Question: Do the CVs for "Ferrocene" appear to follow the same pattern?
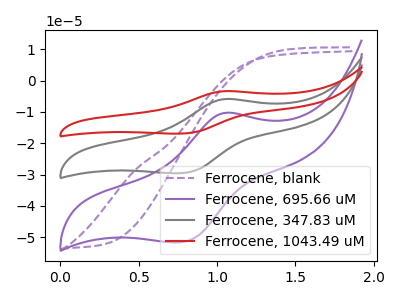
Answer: <think>The purple dashed curve "Ferrocene, blank" has no peaks. The purple curve "Ferrocene, 695.66 uM" has an anodic peak at (1.05V, -10.35uA) and a cathodic peak at (0.75V, -51.65uA). The gray curve "Ferrocene, 347.83 uM" has an anodic peak at (1.05V, -5.90uA) and a cathodic peak at (0.75V, -29.60uA). The red curve "Ferrocene, 1043.49 uM" has an anodic peak at (1.05V, -11.85uA) and a cathodic peak at (0.75V, -59.20uA).
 "Ferrocene, blank" and "Ferrocene, 695.66 uM" have a different number of peaks. "Ferrocene, blank" and "Ferrocene, 347.83 uM" have a different number of peaks. "Ferrocene, blank" and "Ferrocene, 1043.49 uM" have a different number of peaks. All the peaks in "Ferrocene, 695.66 uM" have a peak in "Ferrocene, 347.83 uM" at the same potential. All the peaks in "Ferrocene, 695.66 uM" have a peak in "Ferrocene, 1043.49 uM" at the same potential. All the peaks in "Ferrocene, 347.83 uM" have a peak in "Ferrocene, 1043.49 uM" at the same potential.</think>
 <answer>All the CV's of "Ferrocene" have similar shape.</answer>
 <eval>follow_rule</eval>